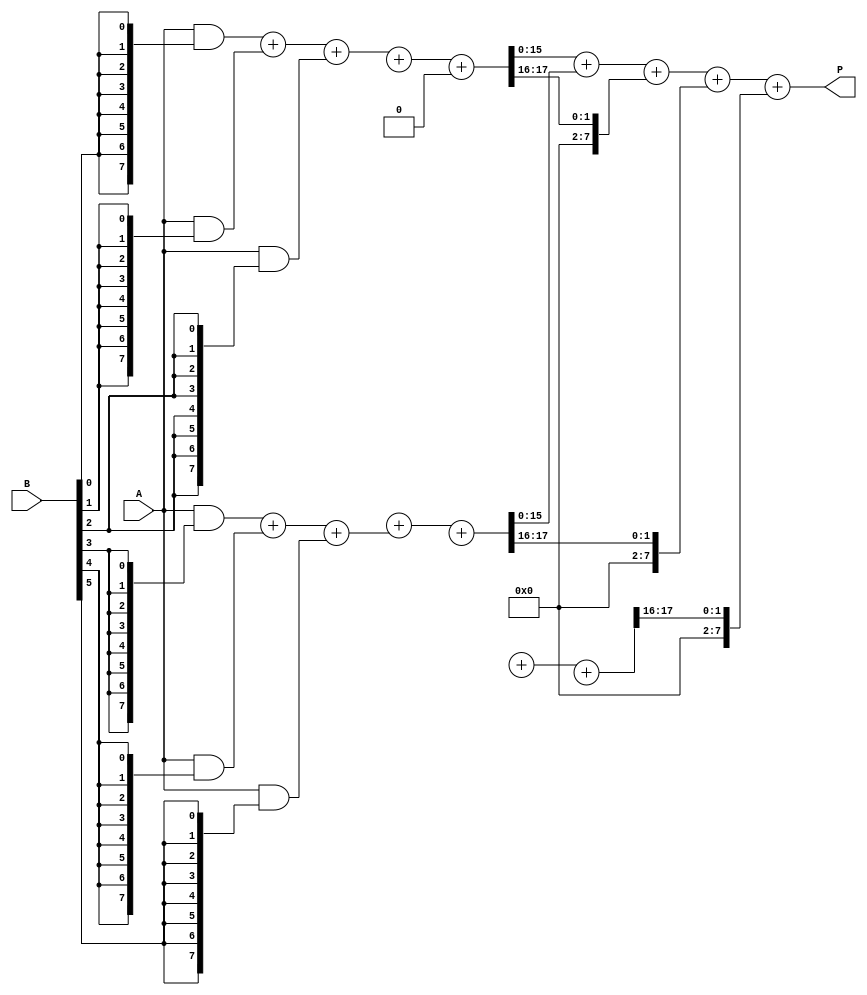
module wallace_tree_multiplier (
    input [7:0] A, // 8-bit multiplicand
    input [7:0] B, // 8-bit multiplier
    output reg [15:0] P // 16-bit product
);
    
    wire [7:0] pp [0:7]; // partial products
    wire [15:0] sum_stage1[0:5]; // intermediate sums for reduction
    wire [7:0] carry_stage1[0:5]; // carry bits from stage 1
    wire [15:0] sum_stage2[0:2]; // intermediate sums for next reduction
    wire [7:0] carry_stage2[0:2]; // carry bits from stage 2

    // Partial Product Generation
    genvar i;
    generate
        for (i = 0; i < 8; i = i + 1) begin : PP_GEN
            assign pp[i] = A & {8{B[i]}};
        end
    endgenerate

    // Reduction Stage 1
    generate
        for (i = 0; i < 6; i = i + 1) begin : REDUCE_STAGE1
            if (i % 3 == 0) begin
                assign {carry_stage1[i], sum_stage1[i]} = pp[i] + pp[i+1] + pp[i+2];
            end
        end
    endgenerate

    // Collect remaining bits
    assign sum_stage1[6] = pp[6];
    assign carry_stage1[6] = 0;
    
    // Reduction Stage 2
    generate
        for (i = 0; i < 3; i = i + 1) begin : REDUCE_STAGE2
            if (i < 2) begin
                assign {carry_stage2[i], sum_stage2[i]} = sum_stage1[i*2] + sum_stage1[i*2 + 1] + carry_stage1[i*2];
            end else begin
                assign {carry_stage2[i], sum_stage2[i]} = sum_stage1[i*2] + carry_stage1[i*2] + carry_stage1[i*2 + 1];
            end
        end
    endgenerate

    // Final addition
    always @(*) begin
        P = sum_stage2[0] + sum_stage2[1] + carry_stage2[0] + carry_stage2[1] + carry_stage2[2];
    end

endmodule